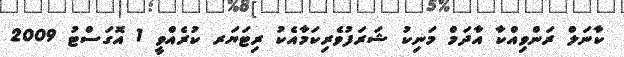
ކާނަލް ރަންވިއްކާ އާދަމް މަނިކު ޝަރަފުވެރިކަމާއެކު ރިޓަޔަރ ކުރެއްވީ 1 އޮގަސްޓު 2009